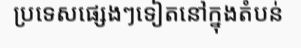
ប្រទេសផ្សេងៗទៀតនៅក្នុងតំបន់